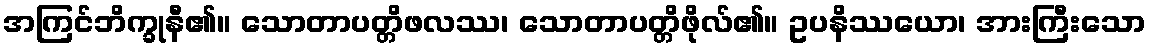
အကြင်ဘိက္ခုနီ၏။ သောတာပတ္တိဖလဿ၊ သောတာပတ္တိဖိုလ်၏။ ဥပနိဿယော၊ အားကြီးသော